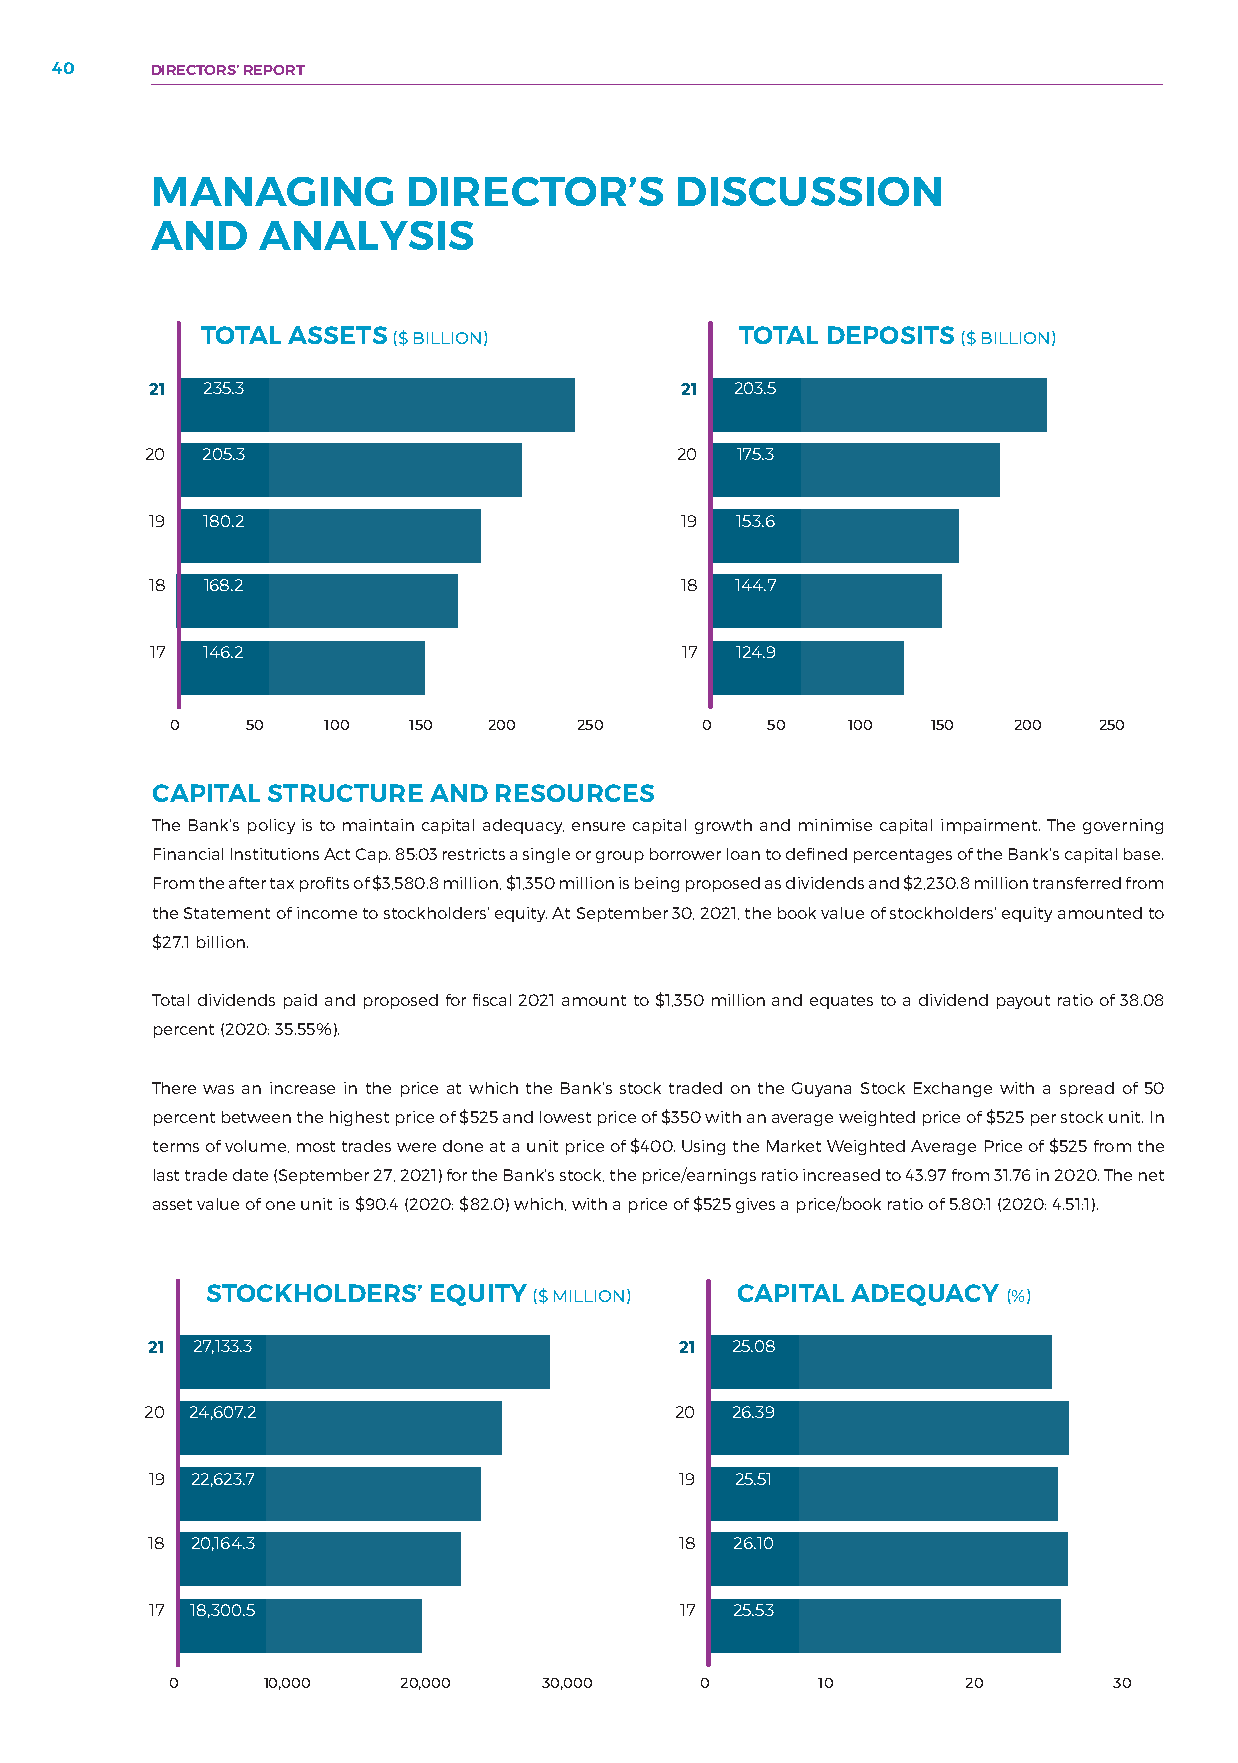
40     DIRECTORS’ REPORT
 MANAGING         DIRECTOR’S        DISCUSSION
 AND    ANALYSIS
 TOTAL ASSETS ($ BILLION)            TOTAL DEPOSITS ($ BILLION)
 21 235.3                           21  203.5
 20 205.3                           20  175.3
 19 180.2                           19  153.6
 18 168.2                           18  144.7
 17 146.2                           17  124.9
 0    50   100   150  200   250     0    50   100   150  200   250
 CAPITAL STRUCTURE AND  RESOURCES
 The Bank’s policy is to maintain capital adequacy, ensure capital growth and minimise capital impairment. The governing
 Financial Institutions Act Cap. 85:03 restricts a single or group borrower loan to defined percentages of the Bank’s capital base.
 From the after tax profits of $3,580.8 million, $1,350 million is being proposed as dividends and $2,230.8 million transferred from
 the Statement of income to stockholders’ equity. At September 30, 2021, the book value of stockholders’ equity amounted to
 $27.1 billion.
 Total dividends paid and proposed for fiscal 2021 amount to $1,350 million and equates to a dividend payout ratio of 38.08
 percent (2020: 35.55%).
 There was an increase in the price at which the Bank’s stock traded on the Guyana Stock Exchange with a spread of 50
 percent between the highest price of $525 and lowest price of $350 with an average weighted price of $525 per stock unit. In
 terms of volume, most trades were done at a unit price of $400. Using the Market Weighted Average Price of $525 from the
 last trade date (September 27, 2021) for the Bank’s stock, the price/earnings ratio increased to 43.97 from 31.76 in 2020. The net
 asset value of one unit is $90.4 (2020: $82.0) which, with a price of $525 gives a price/book ratio of 5.80:1 (2020: 4.51:1).
 STOCKHOLDERS’ EQUITY ($ MILLION)   CAPITAL ADEQUACY  (%)
 21 27,133.3                        21 25.08
 20 24,607.2                        20 26.39
 19 22,623.7                        19  25.51
 18 20,164.3                        18  26.10
 17 18,300.5                        17  25.53
 0     10,000   20,000    30,000    0       10        20        30